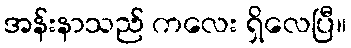
အန်းနာသည် ကလေး ရှိလေပြီ။